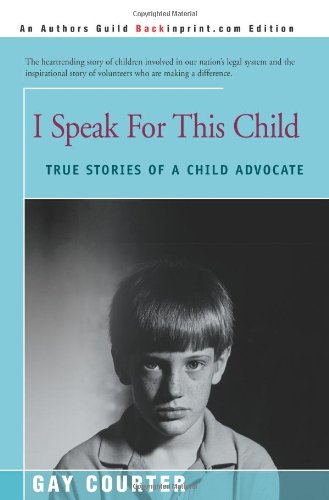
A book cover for I Speak For This Child: True Stories of a Child Advocate; Gay Courter; Business & Money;